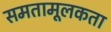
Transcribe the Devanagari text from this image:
समतामूलकता